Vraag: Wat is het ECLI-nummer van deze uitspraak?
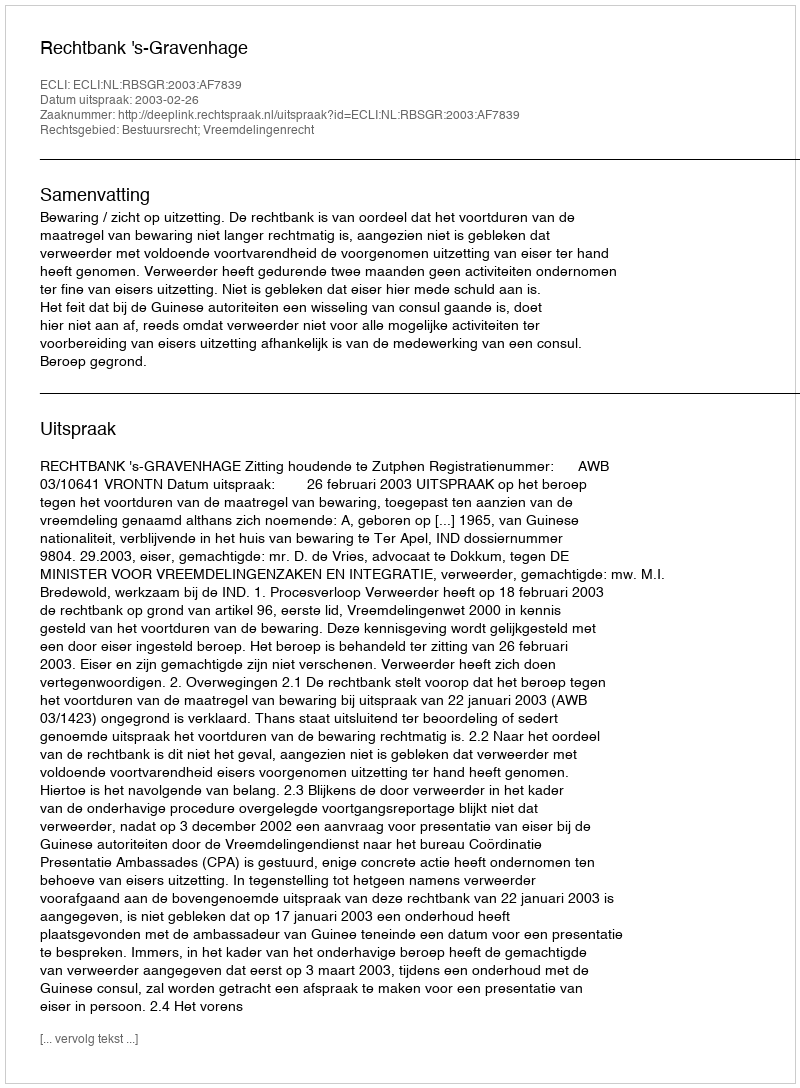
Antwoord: ECLI:NL:RBSGR:2003:AF7839